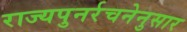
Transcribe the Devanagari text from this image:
राज्यपुनर्रचनेनुसार